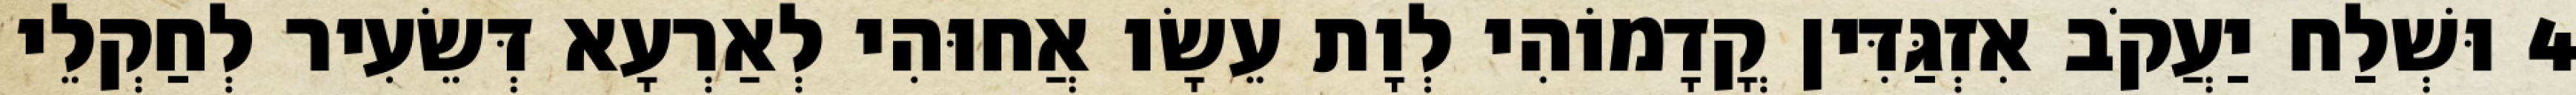
4 וּשְׁלַח יַעֲקֹב אִזְגַּדִּין קֳדָמוֹהִי לְוָת עֵשָׂו אֲחוּהִי לְאַרְעָא דְּשֵׂעִיר לְחַקְלֵי